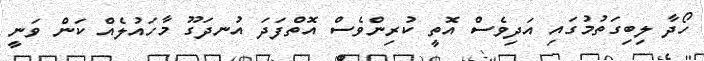
ހޯދާ ލިބިގަތުމުގައި އަދިވެސް އޮތީ ކުރިންވެސް އޮތްފަދަ އުނދަގޫ މާހައުލެއް ކަން ވަނީ